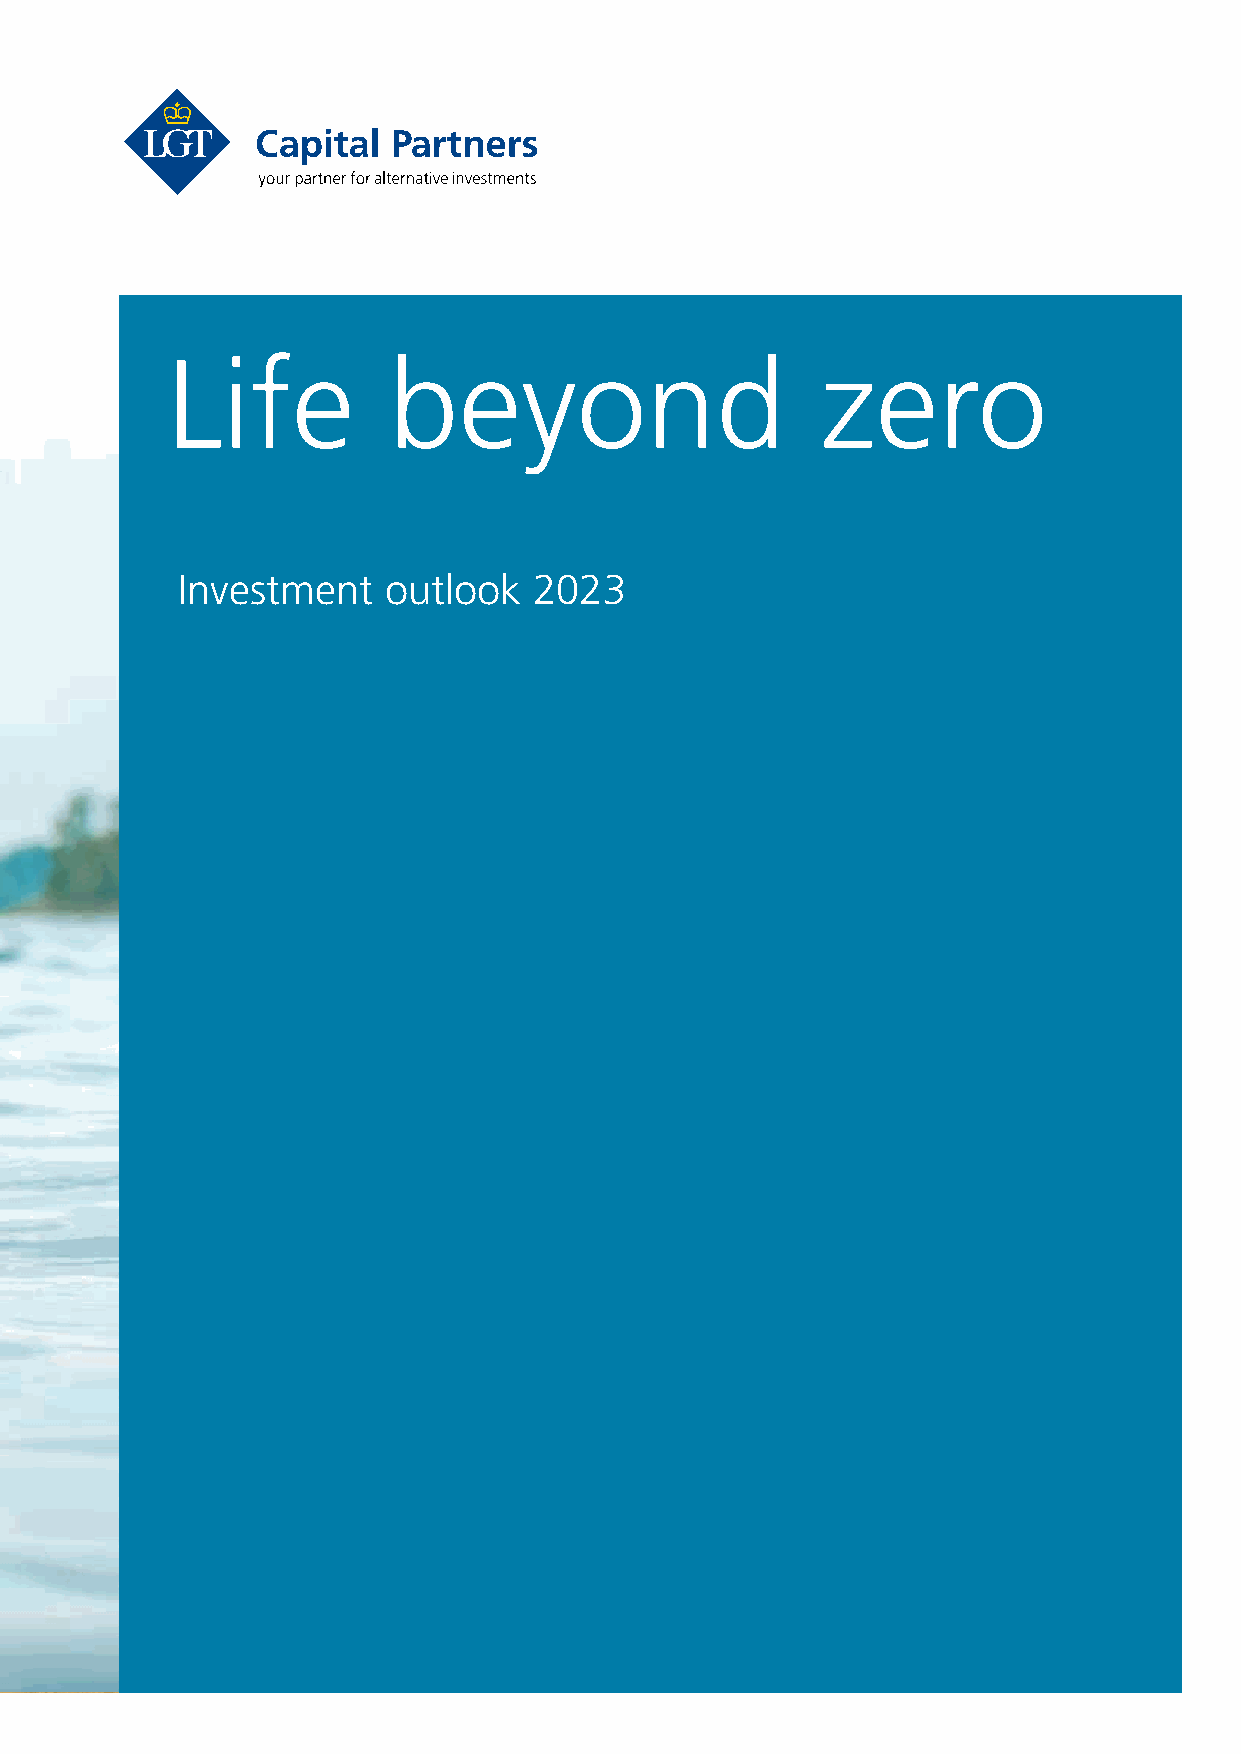
Life           beyond                      zero
 Investment   outlook   2023